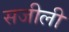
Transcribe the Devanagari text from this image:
सजीली